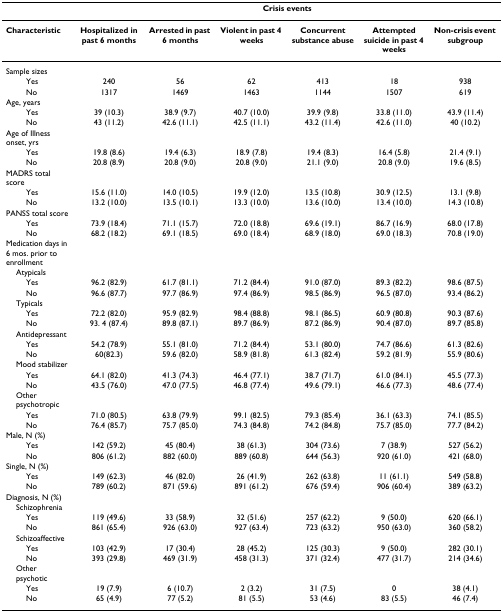
<table><thead><tr><td></td><td colspan="6"><b>Crisis events</b></td></tr></thead><tbody><tr><td><b>Characteristic</b></td><td><b>Hospitalized in past 6 months</b></td><td><b>Arrested in past 6 months</b></td><td><b>Violent in past 4 weeks</b></td><td><b>Concurrent substance abuse</b></td><td><b>Attempted suicide in past 4 weeks</b></td><td><b>Non-crisis event subgroup</b></td></tr><tr><td>Sample sizes</td><td></td><td></td><td></td><td></td><td></td><td></td></tr><tr><td>Yes</td><td>240</td><td>56</td><td>62</td><td>413</td><td>18</td><td>938</td></tr><tr><td>No</td><td>1317</td><td>1469</td><td>1463</td><td>1144</td><td>1507</td><td>619</td></tr><tr><td>Age, years</td><td></td><td></td><td></td><td></td><td></td><td></td></tr><tr><td>Yes</td><td>39 (10.3)</td><td>38.9 (9.7)</td><td>40.7 (10.0)</td><td>39.9 (9.8)</td><td>33.8 (11.0)</td><td>43.9 (11.4)</td></tr><tr><td>No</td><td>43 (11.2)</td><td>42.6 (11.1)</td><td>42.5 (11.1)</td><td>43.2 (11.4)</td><td>42.6 (11.0)</td><td>40 (10.2)</td></tr><tr><td>Age of Illness onset, yrs</td><td></td><td></td><td></td><td></td><td></td><td></td></tr><tr><td>Yes</td><td>19.8 (8.6)</td><td>19.4 (6.3)</td><td>18.9 (7.8)</td><td>19.4 (8.3)</td><td>16.4 (5.8)</td><td>21.4 (9.1)</td></tr><tr><td>No</td><td>20.8 (8.9)</td><td>20.8 (9.0)</td><td>20.8 (9.0)</td><td>21.1 (9.0)</td><td>20.8 (9.0)</td><td>19.6 (8.5)</td></tr><tr><td>MADRS total score</td><td></td><td></td><td></td><td></td><td></td><td></td></tr><tr><td>Yes</td><td>15.6 (11.0)</td><td>14.0 (10.5)</td><td>19.9 (12.0)</td><td>13.5 (10.8)</td><td>30.9 (12.5)</td><td>13.1 (9.8)</td></tr><tr><td>No</td><td>13.2 (10.0)</td><td>13.5 (10.1)</td><td>13.3 (10.0)</td><td>13.6 (10.0)</td><td>13.4 (10.0)</td><td>14.3 (10.8)</td></tr><tr><td>PANSS total score</td><td></td><td></td><td></td><td></td><td></td><td></td></tr><tr><td>Yes</td><td>73.9 (18.4)</td><td>71.1 (15.7)</td><td>72.0 (18.8)</td><td>69.6 (19.1)</td><td>86.7 (16.9)</td><td>68.0 (17.8)</td></tr><tr><td>No</td><td>68.2 (18.2)</td><td>69.1 (18.5)</td><td>69.0 (18.4)</td><td>68.9 (18.0)</td><td>69.0 (18.3)</td><td>70.8 (19.0)</td></tr><tr><td>Medication days in 6 mos. prior to enrollment</td><td></td><td></td><td></td><td></td><td></td><td></td></tr><tr><td> Atypicals</td><td></td><td></td><td></td><td></td><td></td><td></td></tr><tr><td>Yes</td><td>96.2 (82.9)</td><td>61.7 (81.1)</td><td>71.2 (84.4)</td><td>91.0 (87.0)</td><td>89.3 (82.2)</td><td>98.6 (87.5)</td></tr><tr><td>No</td><td>96.6 (87.7)</td><td>97.7 (86.9)</td><td>97.4 (86.9)</td><td>98.5 (86.9)</td><td>96.5 (87.0)</td><td>93.4 (86.2)</td></tr><tr><td> Typicals</td><td></td><td></td><td></td><td></td><td></td><td></td></tr><tr><td>Yes</td><td>72.2 (82.0)</td><td>95.9 (82.9)</td><td>98.4 (88.8)</td><td>98.1 (86.5)</td><td>60.9 (80.8)</td><td>90.3 (87.6)</td></tr><tr><td>No</td><td>93. 4 (87.4)</td><td>89.8 (87.1)</td><td>89.7 (86.9)</td><td>87.2 (86.9)</td><td>90.4 (87.0)</td><td>89.7 (85.8)</td></tr><tr><td> Antidepressant</td><td></td><td></td><td></td><td></td><td></td><td></td></tr><tr><td>Yes</td><td>54.2 (78.9)</td><td>55.1 (81.0)</td><td>71.2 (84.4)</td><td>53.1 (80.0)</td><td>74.7 (86.6)</td><td>61.3 (82.6)</td></tr><tr><td>No</td><td>60(82.3)</td><td>59.6 (82.0)</td><td>58.9 (81.8)</td><td>61.3 (82.4)</td><td>59.2 (81.9)</td><td>55.9 (80.6)</td></tr><tr><td> Mood stabilizer</td><td></td><td></td><td></td><td></td><td></td><td></td></tr><tr><td>Yes</td><td>64.1 (82.0)</td><td>41.3 (74.3)</td><td>46.4 (77.1)</td><td>38.7 (71.7)</td><td>61.0 (84.1)</td><td>45.5 (77.3)</td></tr><tr><td>No</td><td>43.5 (76.0)</td><td>47.0 (77.5)</td><td>46.8 (77.4)</td><td>49.6 (79.1)</td><td>46.6 (77.3)</td><td>48.6 (77.4)</td></tr><tr><td> Other psychotropic</td><td></td><td></td><td></td><td></td><td></td><td></td></tr><tr><td>Yes</td><td>71.0 (80.5)</td><td>63.8 (79.9)</td><td>99.1 (82.5)</td><td>79.3 (85.4)</td><td>36.1 (63.3)</td><td>74.1 (85.5)</td></tr><tr><td>No</td><td>76.4 (85.7)</td><td>75.7 (85.0)</td><td>74.3 (84.8)</td><td>74.2 (84.8)</td><td>75.7 (85.0)</td><td>77.7 (84.2)</td></tr><tr><td>Male, N (%)</td><td></td><td></td><td></td><td></td><td></td><td></td></tr><tr><td>Yes</td><td>142 (59.2)</td><td>45 (80.4)</td><td>38 (61.3)</td><td>304 (73.6)</td><td>7 (38.9)</td><td>527 (56.2)</td></tr><tr><td>No</td><td>806 (61.2)</td><td>882 (60.0)</td><td>889 (60.8)</td><td>644 (56.3)</td><td>920 (61.0)</td><td>421 (68.0)</td></tr><tr><td>Single, N (%)</td><td></td><td></td><td></td><td></td><td></td><td></td></tr><tr><td>Yes</td><td>149 (62.3)</td><td>46 (82.0)</td><td>26 (41.9)</td><td>262 (63.8)</td><td>11 (61.1)</td><td>549 (58.8)</td></tr><tr><td>No</td><td>789 (60.2)</td><td>871 (59.6)</td><td>891 (61.2)</td><td>676 (59.4)</td><td>906 (60.4)</td><td>389 (63.2)</td></tr><tr><td>Diagnosis, N (%)</td><td></td><td></td><td></td><td></td><td></td><td></td></tr><tr><td> Schizophrenia</td><td></td><td></td><td></td><td></td><td></td><td></td></tr><tr><td>Yes</td><td>119 (49.6)</td><td>33 (58.9)</td><td>32 (51.6)</td><td>257 (62.2)</td><td>9 (50.0)</td><td>620 (66.1)</td></tr><tr><td>No</td><td>861 (65.4)</td><td>926 (63.0)</td><td>927 (63.4)</td><td>723 (63.2)</td><td>950 (63.0)</td><td>360 (58.2)</td></tr><tr><td> Schizoaffective</td><td></td><td></td><td></td><td></td><td></td><td></td></tr><tr><td>Yes</td><td>103 (42.9)</td><td>17 (30.4)</td><td>28 (45.2)</td><td>125 (30.3)</td><td>9 (50.0)</td><td>282 (30.1)</td></tr><tr><td>No</td><td>393 (29.8)</td><td>469 (31.9)</td><td>458 (31.3)</td><td>371 (32.4)</td><td>477 (31.7)</td><td>214 (34.6)</td></tr><tr><td> Other psychotic</td><td></td><td></td><td></td><td></td><td></td><td></td></tr><tr><td>Yes</td><td>19 (7.9)</td><td>6 (10.7)</td><td>2 (3.2)</td><td>31 (7.5)</td><td>0</td><td>38 (4.1)</td></tr><tr><td>No</td><td>65 (4.9)</td><td>77 (5.2)</td><td>81 (5.5)</td><td>53 (4.6)</td><td>83 (5.5)</td><td>46 (7.4)</td></tr></tbody></table>